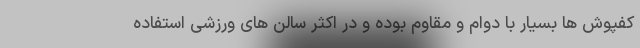
کفپوش ها بسیار با دوام و مقاوم بوده و در اکثر سالن های ورزشی استفاده